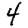
Digit: 4